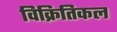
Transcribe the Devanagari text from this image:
विक्रितिकल